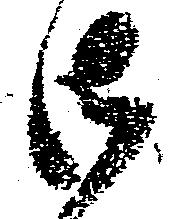
御